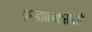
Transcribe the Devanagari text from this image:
पन्हाळ्यासाठी